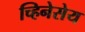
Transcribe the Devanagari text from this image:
च्हिनेसेय